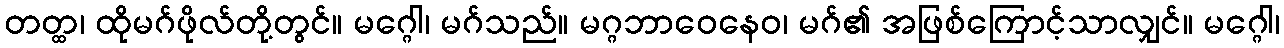
တတ္ထ၊ ထိုမဂ်ဖိုလ်တို့တွင်။ မဂ္ဂေါ၊ မဂ်သည်။ မဂ္ဂဘာဝေနေဝ၊ မဂ်၏ အဖြစ်ကြောင့်သာလျှင်။ မဂ္ဂေါ၊